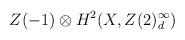
LaTeX: \begin{align*}Z(-1)\otimes{}H^{2}(X,Z(2)^{\infty}_{d}) \end{align*}